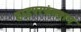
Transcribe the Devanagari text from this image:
हाइपरफंक्शन